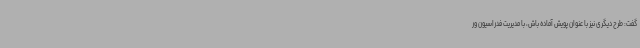
گفت: طرح دیگری نیز با عنوان پویش آماده باش، با مدیریت فدراسیون ور